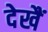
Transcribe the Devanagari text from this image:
देखैं